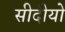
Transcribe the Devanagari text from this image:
सीदीयो